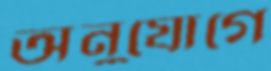
অনুযোগে